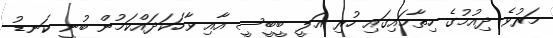
މަރުވެ ދިއުމުގެ ހިތާމައިގައި ހުރި އަލީ ބީބީސީ އާއި ވާހަކަދައްކަމުން ބުނީ ކަނޑު